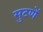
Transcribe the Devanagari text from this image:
सुटणें